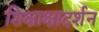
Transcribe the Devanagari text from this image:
शिक्षाक्षादर्शन